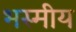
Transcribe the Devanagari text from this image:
भस्मीय